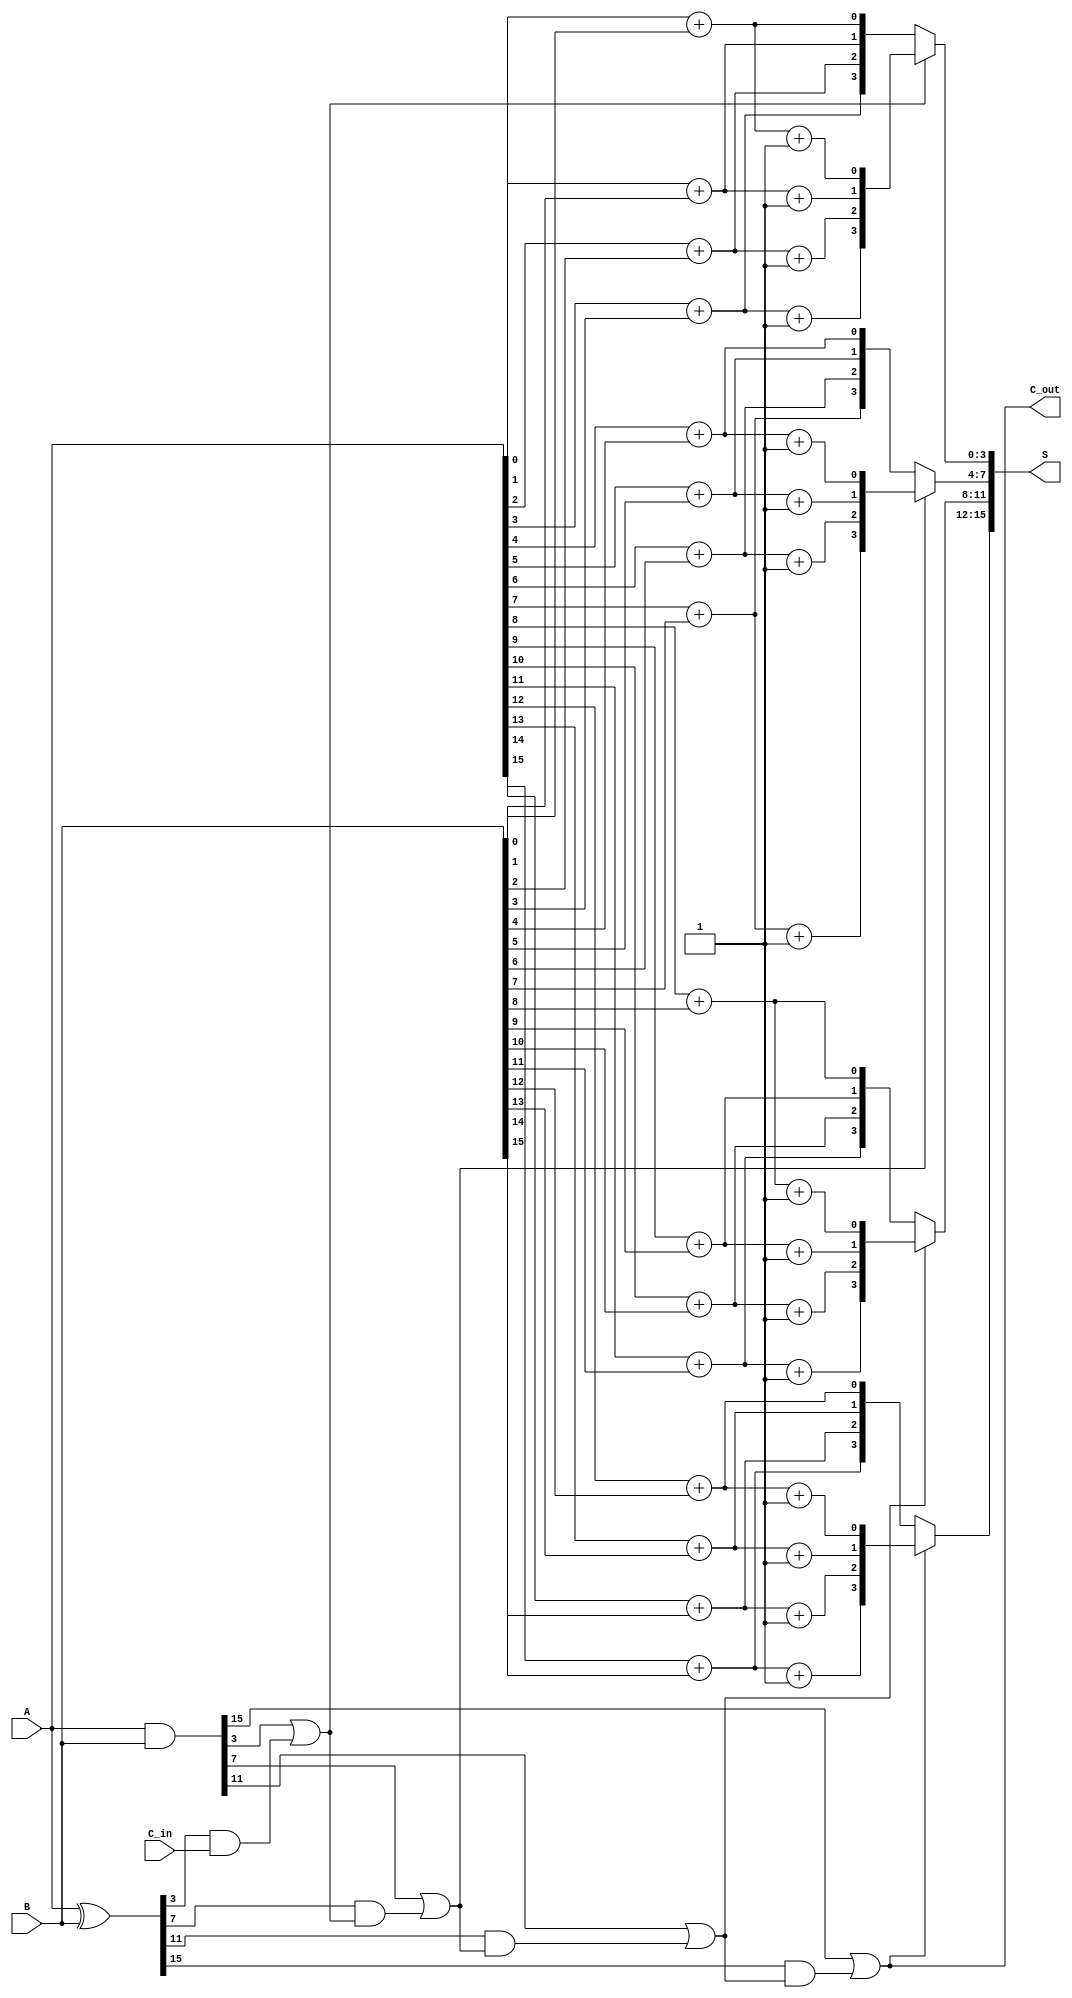
module ParallelPrefixCarrySelectAdder #(parameter N = 16) (
    input [N-1:0] A,      // First N-bit input
    input [N-1:0] B,      // Second N-bit input
    input C_in,           // Carry input
    output [N-1:0] S,     // Sum output
    output C_out          // Carry output
);

    // Generate and Propagate signals
    wire [N-1:0] G; // Generate signals
    wire [N-1:0] P; // Propagate signals

    assign G = A & B; // Generate
    assign P = A ^ B; // Propagate

    // Carry signals
    wire [N/4:0] C; // Carry signals for each block
    assign C[0] = C_in; // Initial carry input

    // Carry generation using prefix structure
    genvar i;
    generate
        for (i = 0; i < N/4; i = i + 1) begin : carry_generation
            wire [3:0] G_block = G[4*i +: 4]; // 4 bits of generate
            wire [3:0] P_block = P[4*i +: 4]; // 4 bits of propagate

            // Carry for this block
            assign C[i + 1] = G_block[3] | (P_block[3] & C[i]);
        end
    endgenerate

    // Sum generation
    wire [N-1:0] S0; // Sum with C_in = 0
    wire [N-1:0] S1; // Sum with C_in = 1

    generate
        for (i = 0; i < N; i = i + 1) begin : sum_generation
            assign S0[i] = A[i] + B[i]; // Sum with carry in = 0
            assign S1[i] = A[i] + B[i] + 1; // Sum with carry in = 1
        end
    endgenerate

    // Select the correct sum based on the carry signals
    generate
        for (i = 0; i < N/4; i = i + 1) begin : sum_select
            assign S[4*i +: 4] = C[i + 1] ? S1[4*i +: 4] : S0[4*i +: 4];
        end
    endgenerate

    // Final carry out
    assign C_out = C[N/4];

endmodule